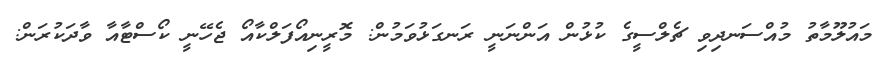
މައުލޫމާތު މުއްސަނދިވި ޗެލްސީގެ ކުޅުން އަންނަނީ ރަނގަޅުވަމުން: މޮރީނިއޯފަލްކާއޯ ޖެހޭނީ ކޯސްޓާއާ ވާދަކުރަން: